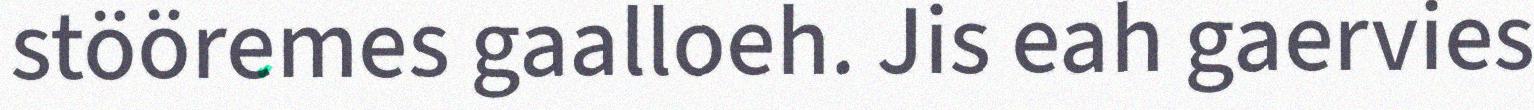
stööremes gaalloeh. Jis eah gaervies